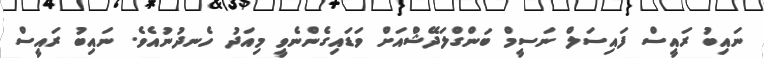
ނައިބު ރައީސް ފައިސަލް ނަސީމް ބަންގްލަދޭޝްއަށް ވަޑައިގެންނެވީ މިއަދު ހެނދުނުއެވެ. ނައިބު ރައީސް